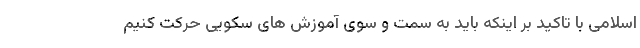
اسلامی با تاکید بر اینکه باید به سمت و سوی آموزش های سکویی حرکت کنیم